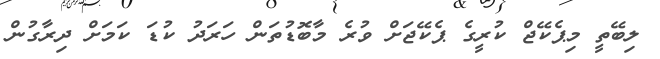
ލިބޭތީ މިޕެކޭޖް ކުރީގެ ޕެކޭޖަށް ވުރެ މާބޮޑުތަން ހަރަދު ކުޑަ ކަމަށް ދިރާގުން